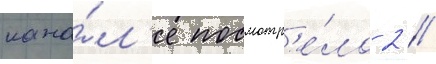
кана́л'е посмотр'е́ло 2 /